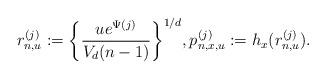
LaTeX: \begin{align*}r_{n,u}^{(j)} := \biggl\{ \frac{ue^{\Psi(j)}}{V_d(n-1)} \biggr\}^{1/d}, p_{n,x,u}^{(j)} := h_x (r_{n,u}^{(j)}).\end{align*}